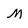
Character: m